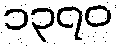
၁၃၇၀